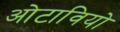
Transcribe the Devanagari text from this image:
ओटावियो